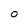
Character: 0